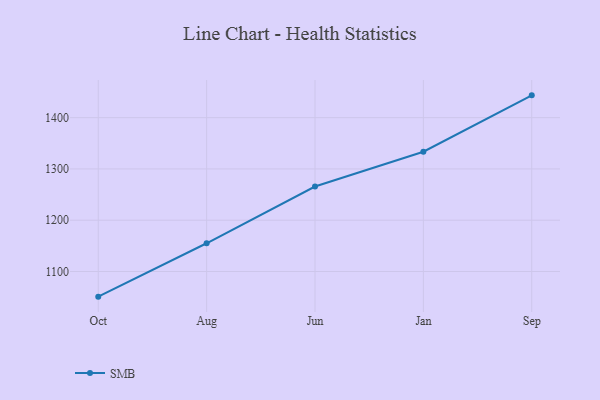
{"axis": {"x": "Month", "y": "Shipments"}, "legend": ["SMB"], "data": [{"x": "Oct", "y": 1050.9, "type": "SMB"}, {"x": "Aug", "y": 1155.0, "type": "SMB"}, {"x": "Jun", "y": 1265.7, "type": "SMB"}, {"x": "Jan", "y": 1333.6, "type": "SMB"}, {"x": "Sep", "y": 1443.5, "type": "SMB"}]}